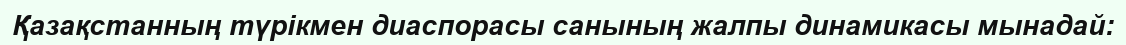
Қазақстанның түрікмен диаспорасы санының жалпы динамикасы мынадай: